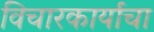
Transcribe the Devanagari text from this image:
विचारकार्याचा